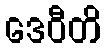
ဒေဝီတိ